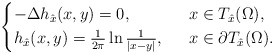
\begin{align*}\begin{cases}-\Delta h_{\hat{x}}(x, y)=0, \ \ &x\in T_{\hat{x}}(\Omega),\\h_{\hat{x}}(x, y)=\frac{1}{2\pi}\ln\frac{1}{|x-y|}, \ \ &x\in \partial T_{\hat{x}}(\Omega).\end{cases}\end{align*}